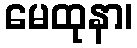
မေထုနာ၊